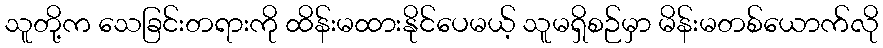
သူတို့က သေခြင်းတရားကို ထိန်းမထားနိုင်ပေမယ့် သူမရှိစဉ်မှာ မိန်းမတစ်ယောက်လို